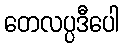
တေလပ္ပဒီပေါ